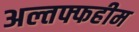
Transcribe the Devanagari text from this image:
अल्तफ्फहीम